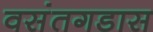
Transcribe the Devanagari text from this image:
वसंतगडास